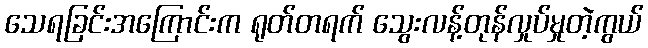
သေရခြင်းအကြောင်းက ရုတ်တရက် သွေးလန့်တုန်လှုပ်မှုတဲ့ကွယ်